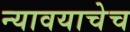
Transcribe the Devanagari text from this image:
न्यावयाचेच